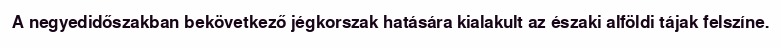
A negyedidőszakban bekövetkező jégkorszak hatására kialakult az északi alföldi tájak felszíne.